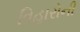
વિહારોની